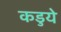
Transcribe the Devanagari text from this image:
कडुये